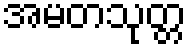
အမတသုတ္တ